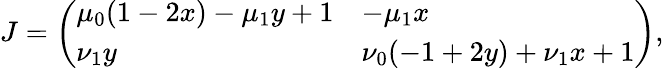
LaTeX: J=\left(\begin{array}{ll}{\mu_{0}(1-2x)-\mu_{1}y+1}&{-\mu_{1}x}\\ {\nu_{1}y}&{\nu_{0}(-1+2y)+\nu_{1}x+1}\end{array}\right),